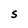
Character: S